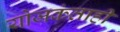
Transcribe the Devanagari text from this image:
योजकंताही